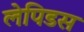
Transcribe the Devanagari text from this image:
लेपिडस